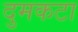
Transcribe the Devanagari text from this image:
दुमकटा